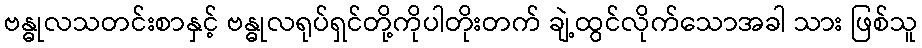
ဗန္ဓုလသတင်းစာနှင့် ဗန္ဓုလရုပ်ရှင်တို့ကိုပါတိုးတက် ချဲ့ထွင်လိုက်သောအခါ သား ဖြစ်သူ